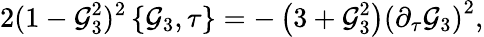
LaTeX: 2(1-{\cal G}_{3}^{2})^{2}\left\{ {\cal G}_{3},\tau\right\} =-\left(3+{\cal G}_{3}^{2}\right)\left(\partial_{\tau}{\cal G}_{3}\right)^{2},